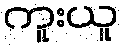
ကူးယူ